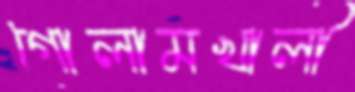
গোলামখালী